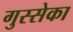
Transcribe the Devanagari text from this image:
गुस्सेका